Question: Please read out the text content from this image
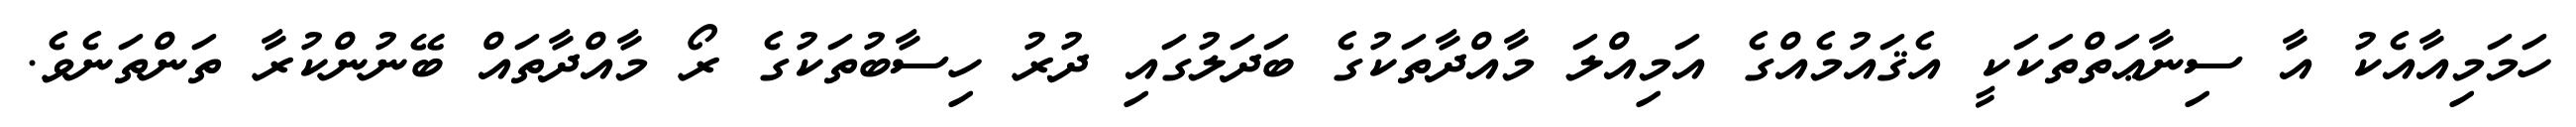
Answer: ހަމަމިއާއެކު އާ ސިނާޢަތްތަކަކީ އެޤައުމެއްގެ އަމިއްލަ މާއްދާތަކުގެ ބަދަލުގައި ދުރު ހިސާބުތަކުގެ ރޯ މާއްދާތައް ބޭނުންކުރާ ތަންތަނެވެ.